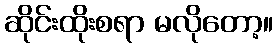
ဆိုင်းထိုးစရာ မလိုတော့။